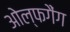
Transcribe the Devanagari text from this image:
ओल्फगैंग